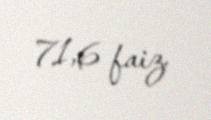
71,6 faiz.